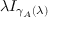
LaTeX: \lambda I _ { \gamma _ { A } ( \lambda ) }